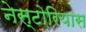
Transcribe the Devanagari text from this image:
नेस्टोरियास